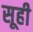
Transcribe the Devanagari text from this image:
सूही